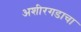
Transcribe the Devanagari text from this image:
अशीरगडाचा